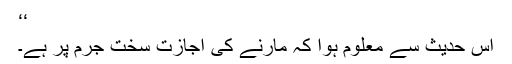
‘‘
اس حدیث سے معلوم ہوا کہ مارنے کی اجازت سخت جرم پر ہے۔